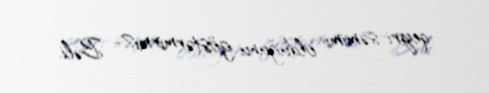
qeyri-səmimi olduğunu göstərmirmi?- Bəli.